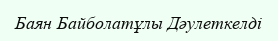
Баян Байболатұлы Дәулеткелді